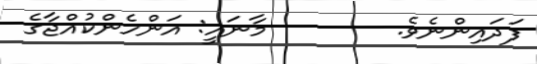
ފަދައިންނެވެ.        މާނައީ: އަންހެންކުއްޖާގެ